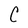
Character: C